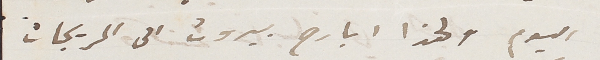
اليوم ولهذا ابارح بيروت الى المريجات